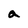
Character: a